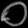
Digit: ၀